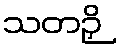
သတဉှိ